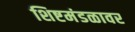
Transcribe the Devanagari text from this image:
शिष्टमंडळावर